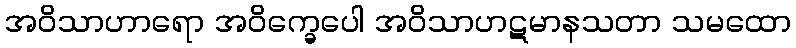
အဝိသာဟာရော အဝိက္ခေပေါ အဝိသာဟဋမာနသတာ သမထော